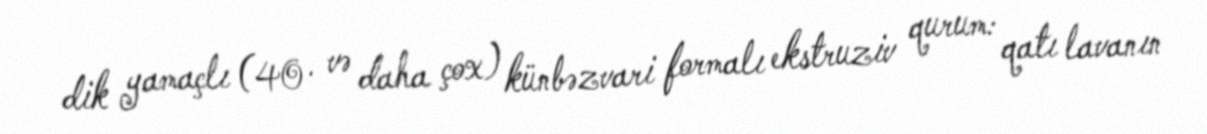
dik yamaçlı (40· və daha çox) künbəzvari formalı ekstruziv qurum: qatı lavanın